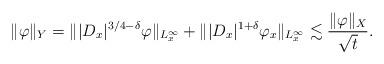
LaTeX: \begin{align*} \|\varphi\|_Y=\||D_x|^{3/4-\delta}\varphi\|_{L_x^{\infty}}+\||D_x|^{1+\delta}\varphi_x\|_{L_x^{\infty}}\lesssim\frac{\|\varphi\|_X}{\sqrt{t}}.\end{align*}